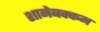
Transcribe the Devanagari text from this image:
शानेबक्कम